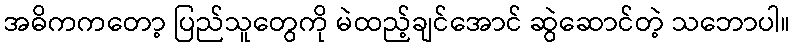
အဓိကကတော့ ပြည်သူတွေကို မဲထည့်ချင်အောင် ဆွဲဆောင်တဲ့ သဘောပါ။